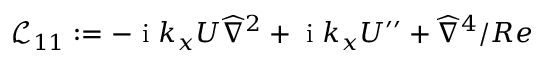
\mathcal { L } _ { 1 1 } : = - \mathrm { ~ i ~ } k _ { x } U { \widehat { \nabla } } ^ { 2 } + \mathrm { ~ i ~ } k _ { x } U ^ { \prime \prime } + \widehat { { \nabla } } ^ { 4 } / R e